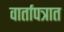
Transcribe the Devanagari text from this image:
वार्तापत्रात